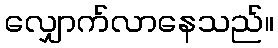
လျှောက်လာနေသည်။